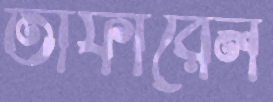
তাফারেল